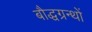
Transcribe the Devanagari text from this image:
बौद्धग्रन्थों